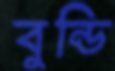
বুন্ডি